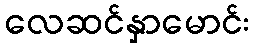
လေဆင်နှာမောင်း